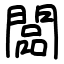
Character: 闆